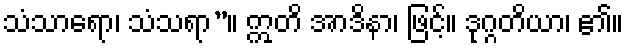
သံသာရော၊ သံသရာ”။ ဣတိ အာဒိနာ၊ ဖြင့်။ ဒုဂ္ဂတိယာ၊ ၏။